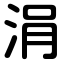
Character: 涓